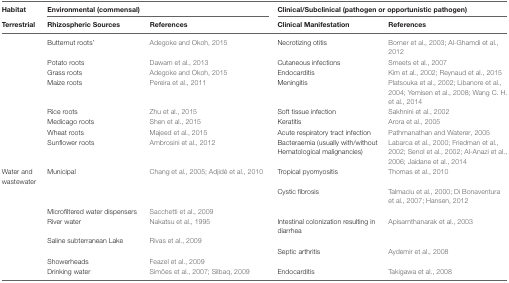
<table><thead><tr><td><b>Habitat</b></td><td colspan="2"><b>Environmental (commensal)</b></td><td colspan="2"><b>Clinical/Subclinical (pathogen or opportunistic pathogen)</b></td></tr><tr><td><b>Terrestrial</b></td><td><b>Rhizospheric Sources</b></td><td><b>References</b></td><td><b>Clinical Manifestation</b></td><td><b>References</b></td></tr></thead><tbody><tr><td></td><td>Butternut roots&#x27;</td><td>Adegoke and Okoh, 2015</td><td>Necrotizing otitis</td><td>Borner et al., 2003; Al-Ghamdi et al., 2012</td></tr><tr><td></td><td>Potato roots</td><td>Dawam et al., 2013</td><td>Cutaneous infections</td><td>Smeets et al., 2007</td></tr><tr><td></td><td>Grass roots</td><td>Adegoke and Okoh, 2015</td><td>Endocarditis</td><td>Kim et al., 2002; Reynaud et al., 2015</td></tr><tr><td></td><td>Maize roots</td><td>Pereira et al., 2011</td><td>Meningitis</td><td>Platsouka et al., 2002; Libanore et al., 2004; Yemisen et al., 2008; Wang C. H. et al., 2014</td></tr><tr><td></td><td>Rice roots</td><td>Zhu et al., 2015</td><td>Soft tissue infection</td><td>Sakhnini et al., 2002</td></tr><tr><td></td><td>Medicago roots</td><td>Shen et al., 2015</td><td>Keratitis</td><td>Arora et al., 2005</td></tr><tr><td></td><td>Wheat roots</td><td>Majeed et al., 2015</td><td>Acute respiratory tract infection</td><td>Pathmanathan and Waterer, 2005</td></tr><tr><td></td><td>Sunflower roots</td><td>Ambrosini et al., 2012</td><td>Bacteraemia (usually with/without Hematological malignancies)</td><td>Labarca et al., 2000; Friedman et al., 2002; Senol et al., 2002; Al-Anazi et al., 2006; Jaidane et al., 2014</td></tr><tr><td>Water and wastewater</td><td>Municipal</td><td>Chang et al., 2005; Adjidé et al., 2010</td><td>Tropical pyomyositis</td><td>Thomas et al., 2010</td></tr><tr><td></td><td></td><td></td><td>Cystic fibrosis</td><td>Talmaciu et al., 2000; Di Bonaventura et al., 2007; Hansen, 2012</td></tr><tr><td></td><td>Microfiltered water dispensers</td><td>Sacchetti et al., 2009</td><td></td><td></td></tr><tr><td></td><td>River water</td><td>Nakatsu et al., 1995</td><td>Intestinal colonization resulting in diarrhea</td><td>Apisarnthanarak et al., 2003</td></tr><tr><td></td><td>Saline subterranean Lake</td><td>Rivas et al., 2009</td><td></td><td></td></tr><tr><td></td><td></td><td></td><td>Septic arthritis</td><td>Aydemir et al., 2008</td></tr><tr><td></td><td>Showerheads</td><td>Feazel et al., 2009</td><td></td><td></td></tr><tr><td></td><td>Drinking water</td><td>Simões et al., 2007; Silbaq, 2009</td><td>Endocarditis</td><td>Takigawa et al., 2008</td></tr></tbody></table>